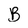
Character: B